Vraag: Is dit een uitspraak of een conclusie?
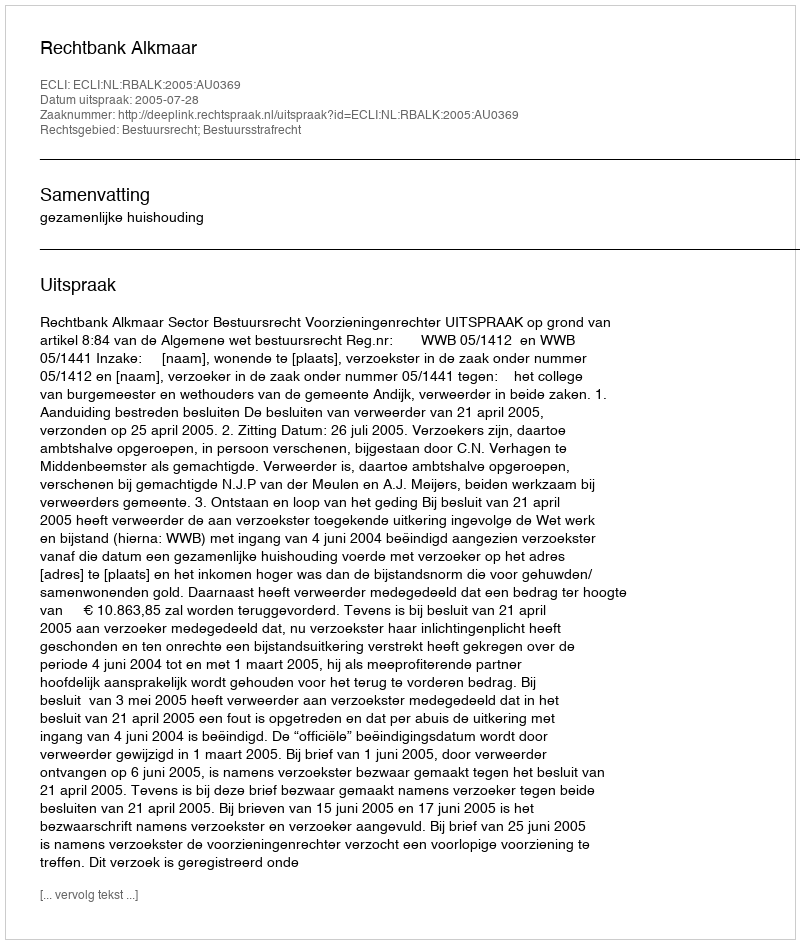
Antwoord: Uitspraak